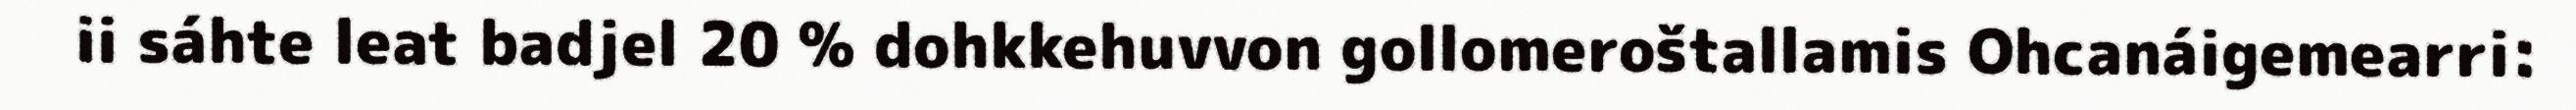
ii sáhte leat badjel 20 % dohkkehuvvon gollomeroštallamis Ohcanáigemearri: